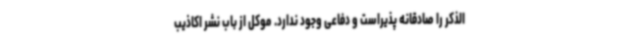
الذکر را صادقانه پذیراست و دفاعی وجود ندارد. موکل از باب نشر اکاذیب